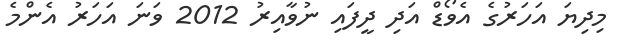
މިދިޔަ އަހަރުގެ އެވޯޑް އަދި ދީފައި ނުވާއިރު 2012 ވަނަ އަހަރު އެންމެ